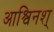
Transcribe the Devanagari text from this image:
आश्विनश्